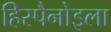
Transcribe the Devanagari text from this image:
हिस्पैनोइला